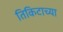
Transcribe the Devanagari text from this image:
तिकिटाच्या